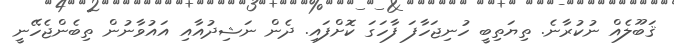
ޤަބޫލެއް ނުކުރާނެ. ތިޔަތިބީ ހުނިޖަހާފަ ފާހަގަ ކޮށްފައި. ދެން ނަޝިދުއާއި އައުވާނުން ތިބެންޖެހޭނީ